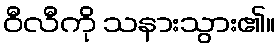
ဝီလီကို သနားသွား၏။